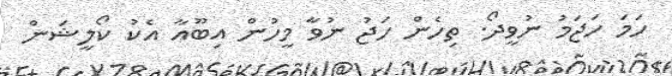
ހަމަ ހަޖަމު ނުވީދޯ. ތިހެން ހަޖު ނުވާ މީހުން އިބޫއާ އެކު ކޯލީޝަން